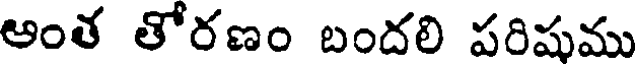
ఆంత తోరణం బందలి పరిషము